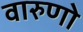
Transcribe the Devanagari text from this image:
वारुणो